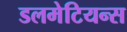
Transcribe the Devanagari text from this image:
डलमेटियन्स